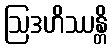
ဩဒဟိဿန္တိ